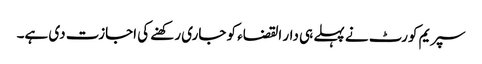
سپریم کورٹ نے پہلے ہی دار القضاء کو جاری رکھنے کی اجازت دی ہے۔